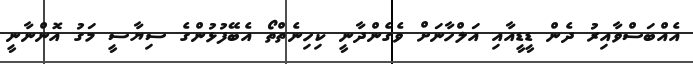
އެއްބަސްވާއިރު ދެން ޑީޑީއާއި އަލްހާނަށް ވެގެންދާނީ ކިހިނެތްތޯ އެބޭފުޅުންގެ ސިޔާސީ މަގު އޮންނާނީ